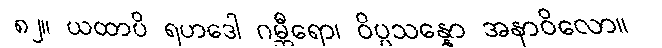
၈၂။ ယထာပိ ရဟဒေါ ဂမ္ဘီရော၊ ဝိပ္ပသန္နော အနာဝိလော။